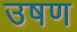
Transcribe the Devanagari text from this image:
उषण